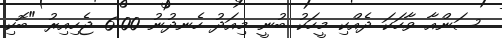
ސަންއާ ވާހަކަ ދެއްކި މީހަކު ބުނީ މިއަދު ހެނދުނު 6:00 ޖެހިއިރު "ބޮކި